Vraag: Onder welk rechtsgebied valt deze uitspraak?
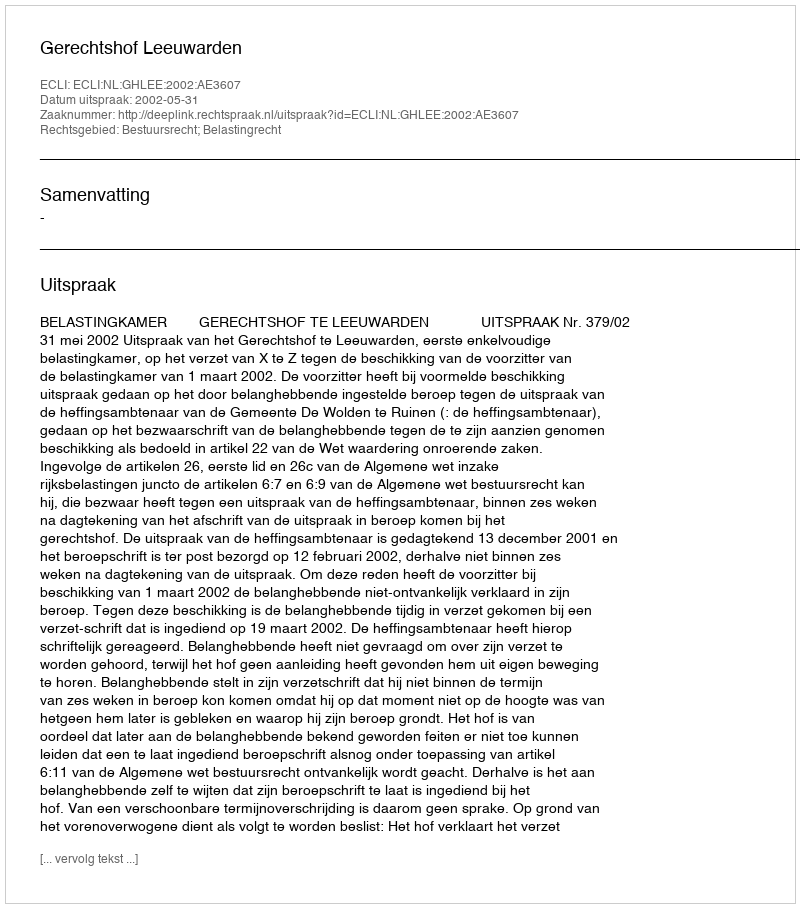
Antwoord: Bestuursrecht; Belastingrecht